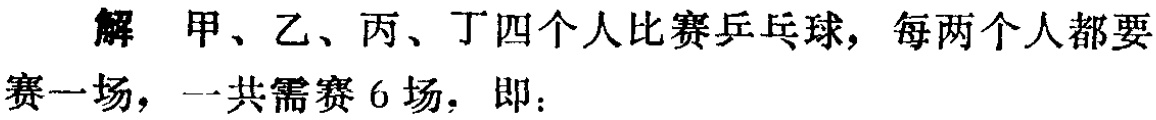
解 甲、乙、丙、丁四个人比赛乒乓球，每两个人都要赛一场，一共需赛 6 场，即：